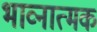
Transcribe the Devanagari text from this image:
भाव्नात्मक